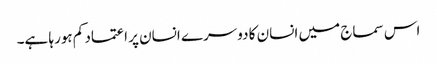
اس سماج میں انسان کا دوسرے انسان پر اعتماد کم ہورہا ہے۔